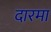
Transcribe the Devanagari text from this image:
दारमा